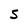
Character: 5